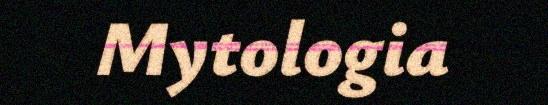
Mytologia